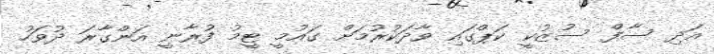
އަދި ސާފް ސުޒުކީ ކަޕްގައި ވާދަކުރުމަށް ގައުމީ ޓީމު ފުރާނީ އަންގާރަ ދުވަހު